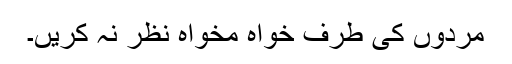
مردوں کی طرف خواہ مخواہ نظر نہ کریں۔